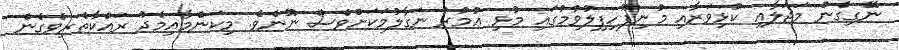
ނޭގިގެން މަޖަލާއި ކުޅިވަރާއި މުނިފޫހިފިލުވުމުގައި މުޅި ޢުމުރު ނަގާލުމަކަށްވެސް ނޫނެވެ. މިކަންމާއިމެދު ރައްކާތެރިވެގެން